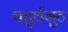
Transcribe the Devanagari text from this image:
चतुर्थगुट